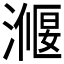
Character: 𭲣